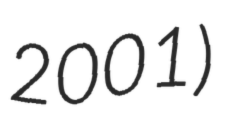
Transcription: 2001)